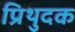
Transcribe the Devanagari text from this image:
प्रिथुदक